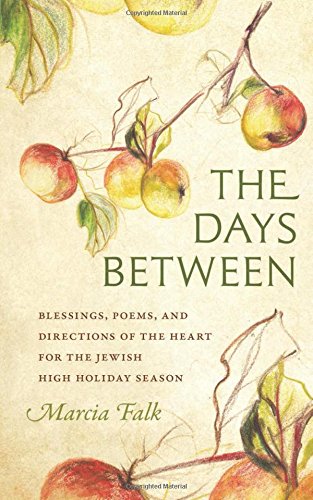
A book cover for The Days Between: Blessings, Poems, and Directions of the Heart for the Jewish High Holiday Season (HBI Series on Jewish Women); Marcia Falk; Religion & Spirituality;